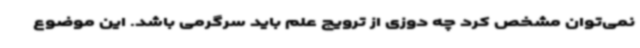
نمی‌توان مشخص کرد چه دوزی از ترویج علم باید سرگرمی باشد. این موضوع